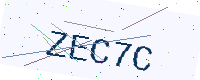
Text: ZEC7C